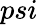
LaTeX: psi